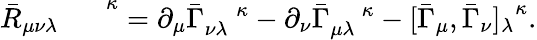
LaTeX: {{\bar{R}}_{\mu\nu\lambda}}^{\; \; \; \; \; \; \kappa}=\partial_{\mu}{\bar{\Gamma}}_{\nu\lambda}^{\; \; \; \; \kappa}-\partial_{\nu}{\bar{\Gamma}}_{\mu\lambda}^{\; \; \; \; \kappa}-[\bar{\Gamma}_{\mu},\bar{\Gamma}_{\nu}{]_{\lambda}}^{\kappa}.